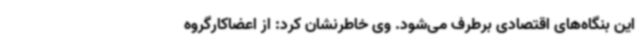
این بنگاه‌های اقتصادی برطرف می‌شود. وی خاطرنشان کرد: از اعضاکارگروه